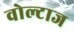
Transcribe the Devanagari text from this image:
वोल्टाज